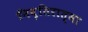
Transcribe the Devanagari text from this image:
निवृतिरात्मा